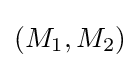
(M_{1},M_{2})